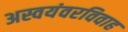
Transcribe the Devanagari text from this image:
अस्वयंवरविवाह